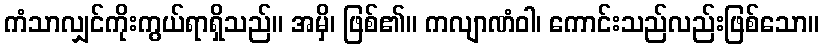
ကံသာလျှင်ကိုးကွယ်ရာရှိသည်။ အမှိ၊ ဖြစ်၏။ ကလျာဏံဝါ၊ ကောင်းသည်လည်းဖြစ်သော။